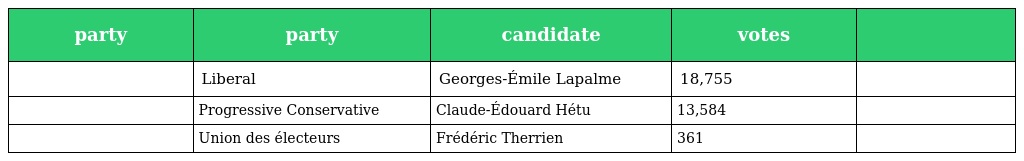
| party | party | candidate | votes |  |
 | --- | --- | --- | --- | --- |
 |  | Liberal | Georges-Émile Lapalme | 18,755 |  |
 |  | Progressive Conservative | Claude-Édouard Hétu | 13,584 |  |
 |  | Union des électeurs | Frédéric Therrien | 361 |  |